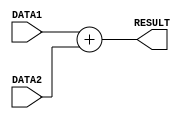
/*
    * CO224 - Computer Architecture
    * Lab 05 - Part 5
    * add unit
    * Group 09 (E/20/148, E/20/157)
    * 2024-05-15
    * Version 2.0
*/

`timescale 1ns/100ps

// ALU add unit is used to do add operation in the ALU
module add(DATA1, DATA2, RESULT);
    // Input-output Declaration
    input [7:0] DATA1, DATA2;
    output [7:0] RESULT;
    //output reg [7:0] RESULT;

    // Result
    assign #2 RESULT = DATA1 + DATA2;
    
    /*
    always @ (DATA1, DATA2) begin
        #2 
        RESULT = DATA1 + DATA2;
        //$display("ADD Unit:: \tDATA1: %d \tDATA2: %d \tRESULT: %d", DATA1, DATA2, RESULT);
    end
    */

endmodule